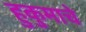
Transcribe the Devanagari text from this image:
हुकुमाचे